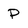
Character: P